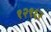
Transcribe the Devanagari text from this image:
१२९६२